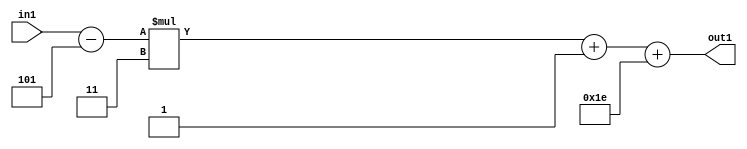
`timescale 1ps / 1ps
/*****************************************************************************
    Verilog RTL Description
    
    
    Created by: Stratus DpOpt 21.05.01 
*******************************************************************************/

module SobelFilter_Add2i30Add2i1Mul2i3Subi5s6_4 (
	in1,
	out1
	); /* architecture "behavioural" */ 
input [5:0] in1;
output [5:0] out1;
wire [5:0] asc001,
	asc003,
	asc004;

assign asc004 = 
	+(in1)
	-(6'B000101);

wire [5:0] asc003_tmp_0;
assign asc003_tmp_0 = 
	+(asc004 * 6'B000011);
assign asc003 = asc003_tmp_0
	+(6'B000001);

assign asc001 = 
	+(asc003)
	+(6'B011110);

assign out1 = asc001;
endmodule

/* CADENCE  uLnzQgg= : u9/ySxbfrwZIxEzHVQQV8Q== ** DO NOT EDIT THIS LINE ******/